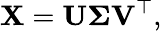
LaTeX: \mathbf{X}=\mathbf{U}\mathbf{\Sigma}\mathbf{V}^{\top},